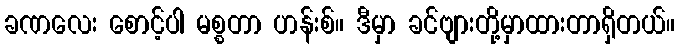
ခဏလေး စောင့်ပါ မစ္စတာ ဟန်းစ်။ ဒီမှာ ခင်ဗျားတို့မှာထားတာရှိတယ်။